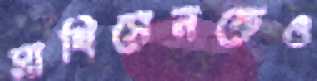
মাথিসেনকেও